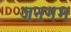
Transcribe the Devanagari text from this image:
जनगम